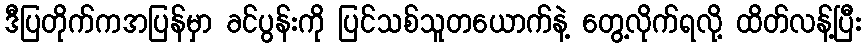
ဒီပြတိုက်ကအပြန်မှာ ခင်ပွန်းကို ပြင်သစ်သူတယောက်နဲ့ တွေ့လိုက်ရလို့ ထိတ်လန့်ပြီး